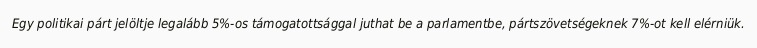
Egy politikai párt jelöltje legalább 5%-os támogatottsággal juthat be a parlamentbe, pártszövetségeknek 7%-ot kell elérniük.